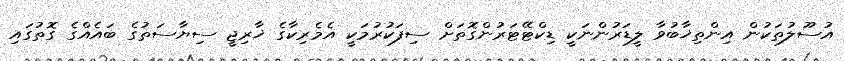
އުސޫލުތަކުން އިންތިޚާބުވާ ލީޑަރުންނަކީ ޑިކްޓޭޓަރުންގޮތަށް ސިފަކުރުމަކީ އެމެރިކާގެ ޚާރިޖީ ސިޔާސަތުގެ ބައެއްގެ ގޮތުގައި